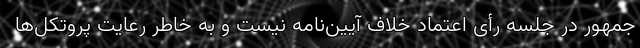
جمهور در جلسه رأی اعتماد خلاف آیین‌نامه نیست و به خاطر رعایت پروتکل‌ها